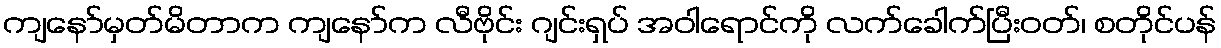
ကျနော်မှတ်မိတာက ကျနော်က လီဗိုင်း ဂျင်းရှပ် အဝါရောင်ကို လက်ခေါက်ပြီးဝတ်၊ စတိုင်ပန်